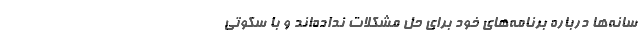
سانه‌ها درباره برنامه‌های خود برای حل مشکلات نداده‌اند و با سکوتی